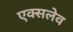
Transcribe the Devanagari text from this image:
एक्सलेव